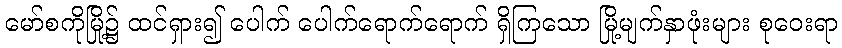
မော်စကိုမြို့၌ ထင်ရှား၍ ပေါက် ပေါက်ရောက်ရောက် ရှိကြသော မြို့မျက်နှာဖုံးများ စုဝေးရာ